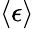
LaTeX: \left<\epsilon\right>